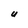
Character: U